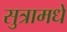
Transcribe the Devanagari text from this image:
सुत्रामधे